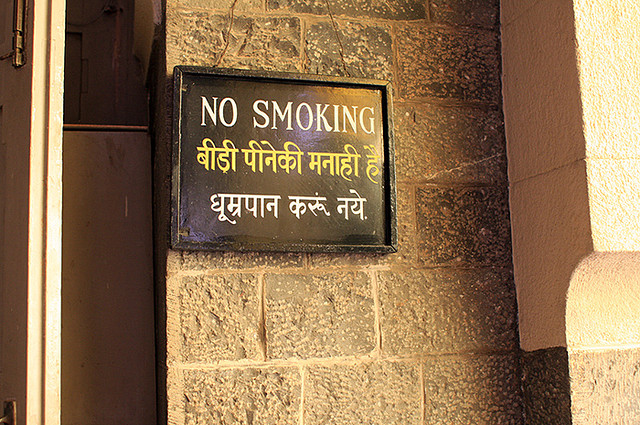
Language: hindi
Transcription: धूम्रपान की मनाही करुं है पीने नये.